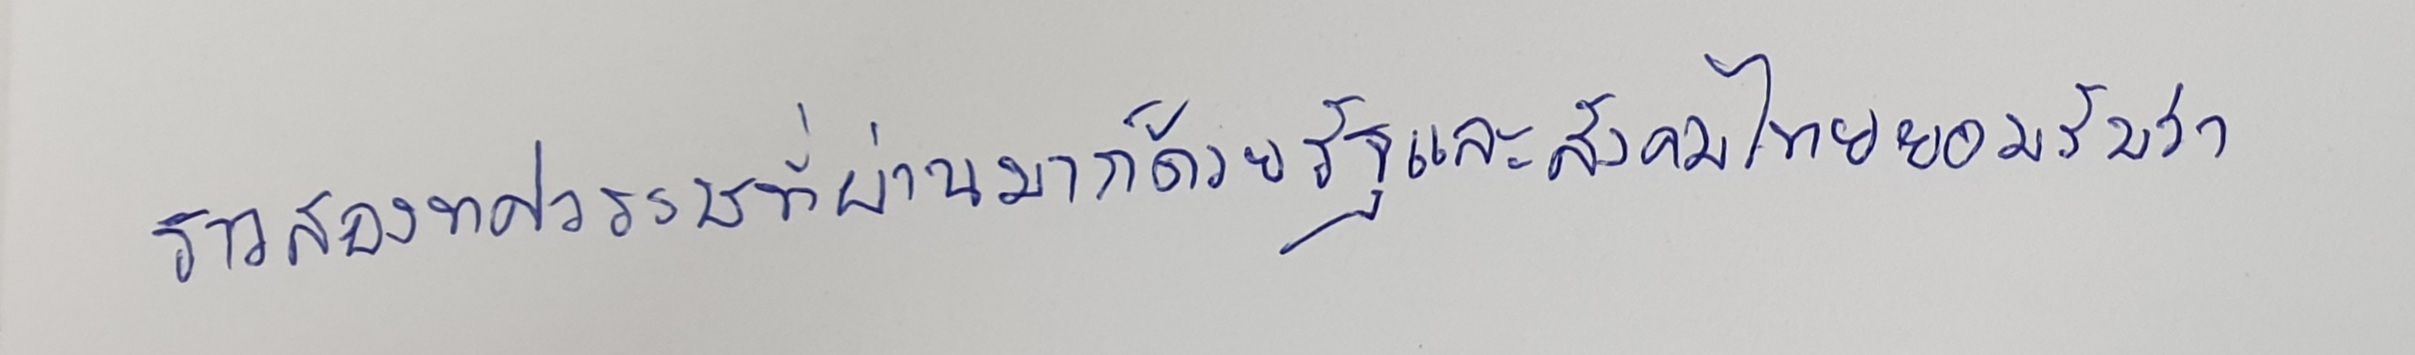
ราวสองทศวรรษที่ผ่านมาก็ด้วยรัฐและสังคมไทยยอมรับว่า